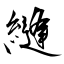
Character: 縫